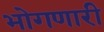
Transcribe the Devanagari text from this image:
भोगणारी